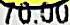
70.00